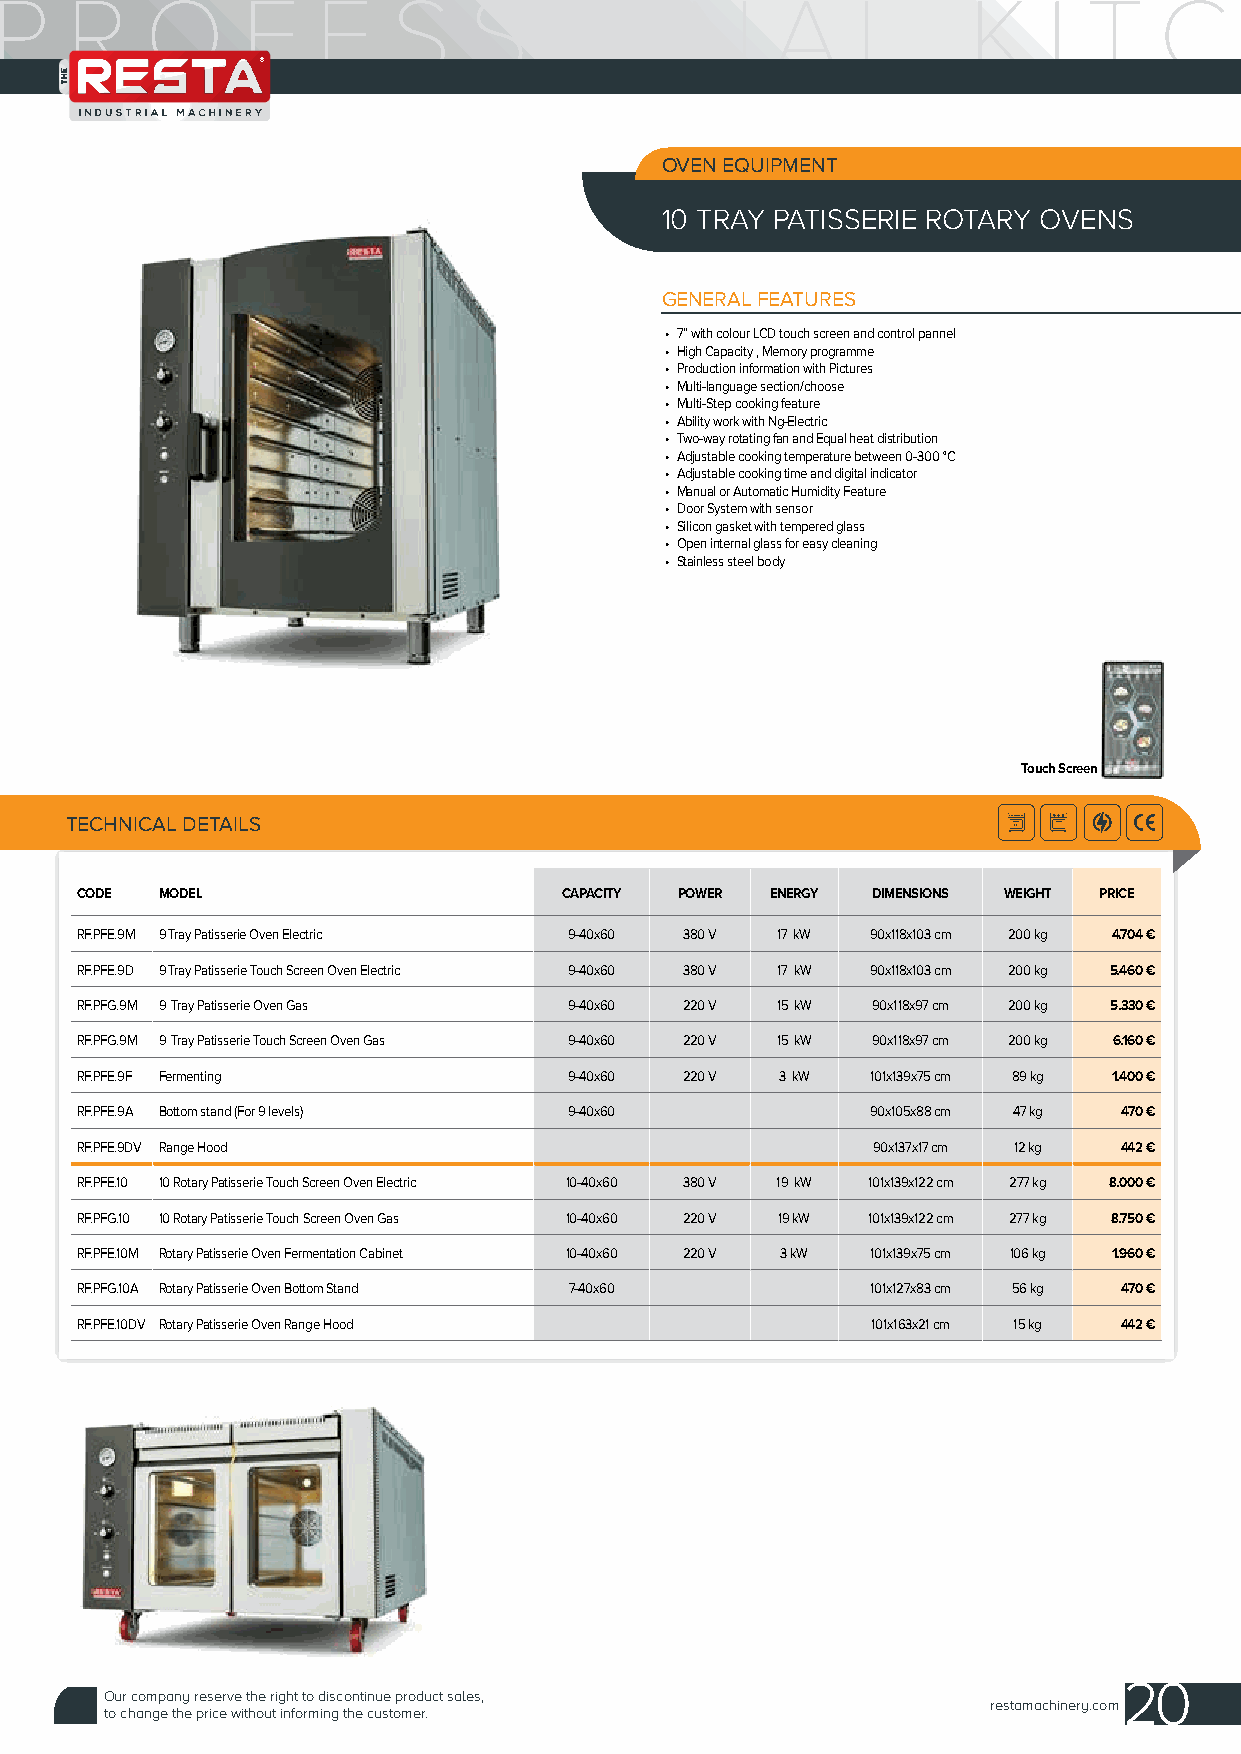
OVEN EQUIPMENT
 10 TRAY PATISSERIE ROTARY OVENS
 GENERAL FEATURES
 • 7” with colour LCD touch screen and control pannel
 • High Capacity , Memory programme
 • Production information with Pictures
 • Multi-language section/choose
 • Multi-Step cooking feature
 • Ability work with Ng-Electric
 • Two-way rotating fan and Equal heat distribution
 • Adjustable cooking temperature between 0-300 °C
 • Adjustable cooking time and digital indicator
 • Manual or Automatic Humidity Feature
 • Door System with sensor
 • Silicon gasket with tempered glass
 • Open internal glass for easy cleaning
 • Stainless steel body
 Touch Screen
 TECHNICAL DETAILS
 CODE  MODEL                     CAPACITY POWER ENERGY DIMENSIONS WEIGHT PRICE
 RF.PFE.9M 9 Tray Patisserie Oven Electric 9-40x60 380 V 17 kW 90x118x103 cm 200 kg 4.704 €
 RF.PFE.9D 9 Tray Patisserie Touch Screen Oven Electric 9-40x60 380 V 17 kW 90x118x103 cm 200 kg 5.460 €
 RF.PFG.9M 9 Tray Patisserie Oven Gas 9-40x60 220 V 15 kW 90x118x97 cm 200 kg 5.330 €
 RF.PFG.9M 9 Tray Patisserie Touch Screen Oven Gas 9-40x60 220 V 15 kW 90x118x97 cm 200 kg 6.160 €
 RF.PFE.9F Fermenting             9-40x60 220 V 3 kW  101x139x75 cm 89 kg 1.400 €
 RF.PFE.9A Bottom stand (For 9 levels) 9-40x60        90x105x88 cm 47 kg 470 €
 RF.PFE.9DV Range Hood                                90x137x17 cm 12 kg 442 €
 RF.PFE.10 10 Rotary Patisserie Touch Screen Oven Electric 10-40x60 380 V 19 kW 101x139x122 cm 277 kg 8.000 €
 RF.PFG.10 10 Rotary Patisserie Touch Screen Oven Gas 10-40x60 220 V 19 kW 101x139x122 cm 277 kg 8.750 €
 RF.PFE.10M Rotary Patisserie Oven Fermentation Cabinet 10-40x60 220 V 3 kW 101x139x75 cm 106 kg 1.960 €
 RF.PFG.10A Rotary Patisserie Oven Bottom Stand 7-40x60 101x127x83 cm 56 kg 470 €
 RF.PFE.10DV Rotary Patisserie Oven Range Hood        101x163x21 cm 15 kg 442 €
 20
 Our company reserve the right to discontinue product sales,
 restamachinery.com
 to change the price without informing the customer.